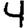
Digit: 4